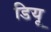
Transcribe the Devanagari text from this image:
डियू